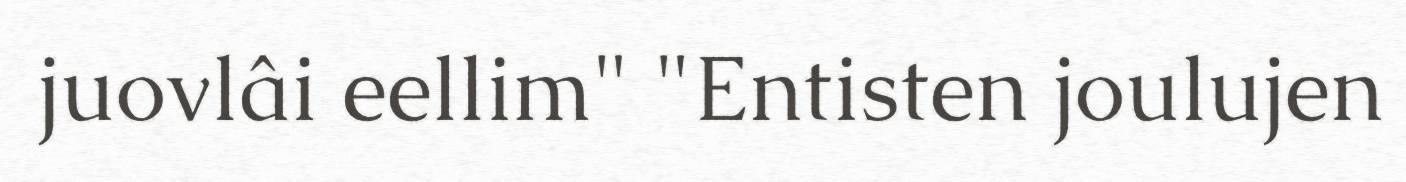
juovlâi eellim" "Entisten joulujen